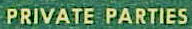
PRIVATE PARTIES